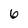
Character: 6